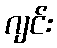
ဂျင်း